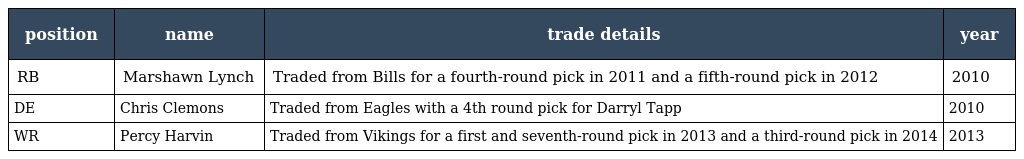
| position | name | trade details | year |
 | --- | --- | --- | --- |
 | RB | Marshawn Lynch | Traded from Bills for a fourth-round pick in 2011 and a fifth-round pick in 2012 | 2010 |
 | DE | Chris Clemons | Traded from Eagles with a 4th round pick for Darryl Tapp | 2010 |
 | WR | Percy Harvin | Traded from Vikings for a first and seventh-round pick in 2013 and a third-round pick in 2014 | 2013 |